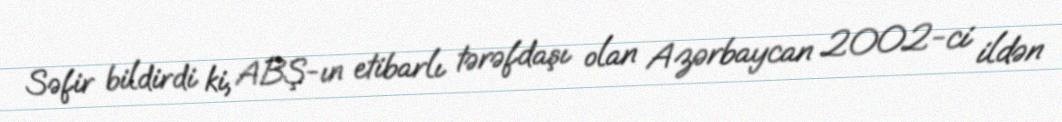
Səfir bildirdi ki, ABŞ-ın etibarlı tərəfdaşı olan Azərbaycan 2002-ci ildən